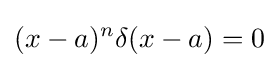
(x-a)^{n}\delta (x-a)=0